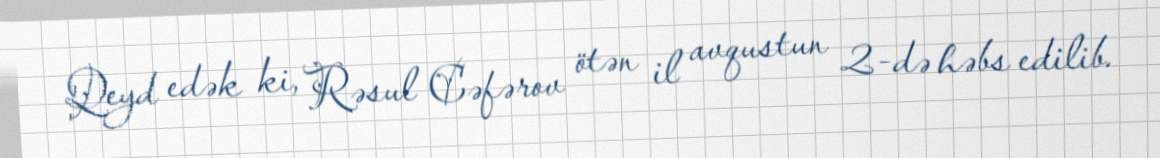
Qeyd edək ki, Rəsul Cəfərov ötən il avqustun 2-də həbs edilib.